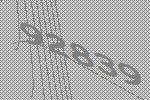
92839